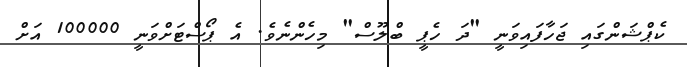
ކެޕްޝަންގައި ޖަހާފައިވަނީ "ދަ ހެޕީ ބްލޫސް" މިހެންނެވެ. އެ ޕޯސްޓަށްވަނީ 100000 އަށް